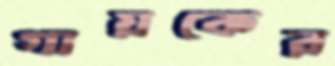
গায়কের